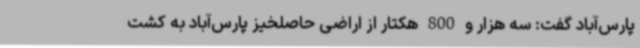
پارس‌آباد گفت: سه هزار و 800 هکتار از اراضی حاصلخیز پارس‌آباد به کشت